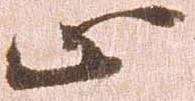
止